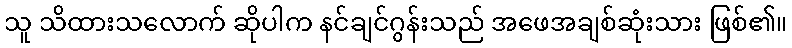
သူ သိထားသလောက် ဆိုပါက နင်ချင်ဂွန်းသည် အဖေအချစ်ဆုံးသား ဖြစ်၏။